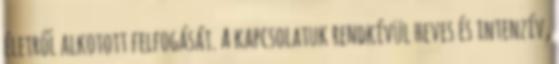
életről alkotott felfogását. A kapcsolatuk rendkívül heves és intenzív,